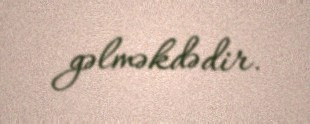
gəlməkdədir.